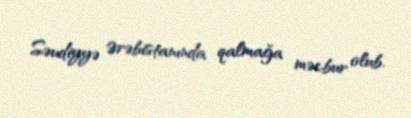
Səudiyyə Ərəbistanında qalmağa məcbur olub.